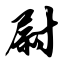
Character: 尉